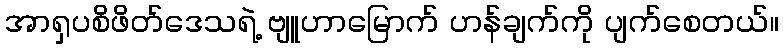
အာရှပစိဖိတ်ဒေသရဲ့ ဗျူဟာမြောက် ဟန်ချက်ကို ပျက်စေတယ်။